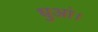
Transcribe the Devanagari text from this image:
धुआं।